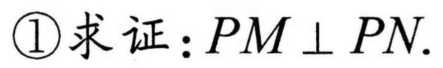
\textcircled{1}求证：\(PM\perp PN\).